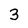
Character: 3